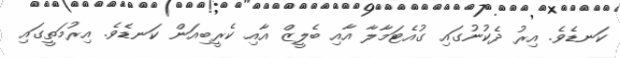
ކަނޑެވެ. އިރު ދެކުނުގައި ގުއެޓަމާލާ އާއި ބެލީޒް އާއި ކެރީބިއަން ކަނޑެވެ. އިރުމަތީގައި